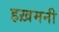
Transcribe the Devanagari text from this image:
हख़मनी